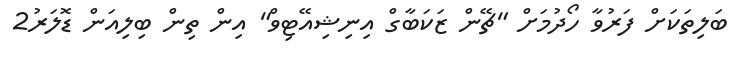
ބަލިތަކަށް ފަރުވާ ހޯދުމަށް "ޗޭން ޒަކަބާގް އިނިޝިއޭޓިވް" އިން ތިން ބިލިއަން ޑޮލަރު2